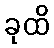
ခုထိ